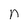
Character: n